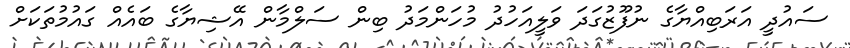
ސައުދީ އަރަބިއްޔާގެ ނުފޫޒުގަދަ ވަލީއަހުދު މުހަންމަދު ބިން ސަލްމާން އޭޝިޔާގެ ބައެއް ގައުމުތަކަށް